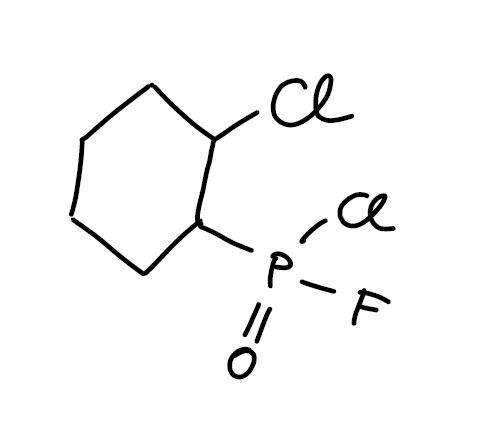
Simplified molecular-input line-entry system (SMILES) notation of the given molecule:
C1CCC(C(C1)P(=O)(F)Cl)Cl